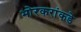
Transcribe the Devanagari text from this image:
भोरकरांकडे